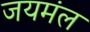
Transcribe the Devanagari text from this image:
जयमंल